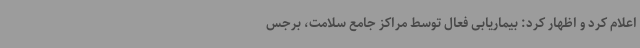
اعلام کرد و اظهار کرد: بیماریابی فعال توسط مراکز جامع سلامت، برجس